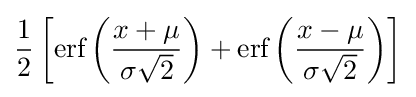
{\frac {1}{2}}\left[{\mbox{erf}}\left({\frac {x+\mu }{\sigma {\sqrt {2}}}}\right)+{\mbox{erf}}\left({\frac {x-\mu }{\sigma {\sqrt {2}}}}\right)\right]